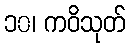
၁၀၊ ကဝိသုတ်